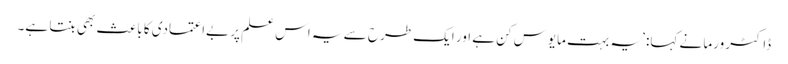
ڈاکٹر ورما نے کہا: ’یہ بہت مایوس کن ہے اور ایک طرح سے یہ اس علم پر بےاعتمادی کا باعث بھی بنتا ہے۔